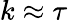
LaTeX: k\approx\tau